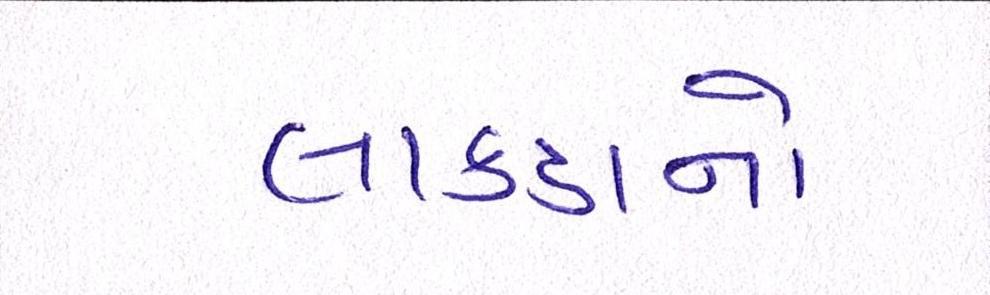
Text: લાકડાનો